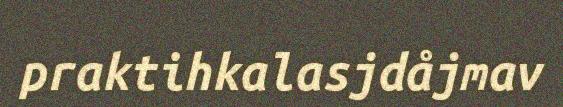
praktihkalasjdåjmav